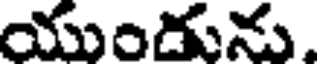
యుండును.